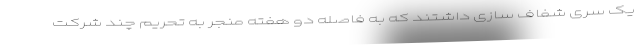
یک سری شفاف سازی داشتند که به فاصله دو هفته منجر به تحریم چند شرکت